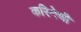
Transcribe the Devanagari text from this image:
करिनेची